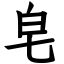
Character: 皂